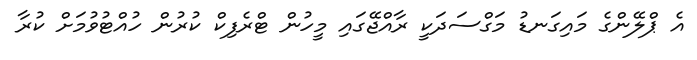
އެ ޕްލޭންގެ މައިގަނޑު މަގްސަދަކީ ރާއްޖޭގައި މީހުން ޓްރެފިކް ކުރުން ހުއްޓުވުމަށް ކުރާ